Lunatic asylums Bombay report 1891-1903 - 1891-1903
Year: 1891
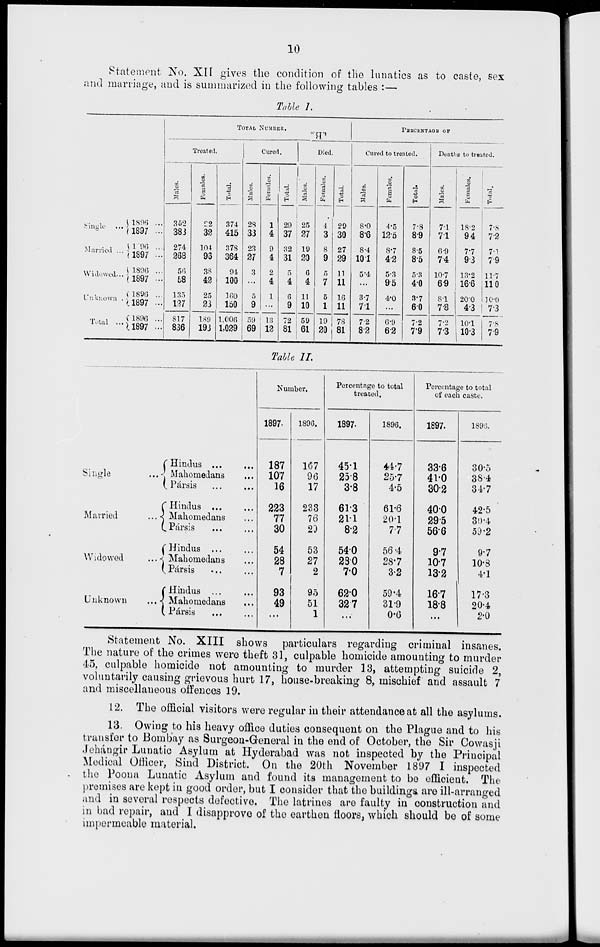
10
Statement No. XII gives the condition of the lunatics as to caste, sex
and marriage, and is summarized in the following tables :—
Table 1.
Single ...
Married ...
Widowed ...
Unknown ...
Total ...
1896 ...
1897 ...
1896
...
1897 ...
1896
...
1897 ...
1896 ...
1897 ...
1896 ...
1897 ...
TOTAL NUMBER.
Treated.
Males.
362
383
274
268
56
58
135
137
817
836
Females.
22
32
104
95
38
42
25
23
189
193
Total.
374
415
378
364
94
100
160
150
1,006
1,029
Cured.
Males.
28
33
23
27
3
...
5
9
59
69
Females.
1
4
9
4
2
4
1
...
13
12
Total.
29
37
32
31
5
4
6
9
72
81
Died.
Males.
25
27
19
20
6
4
1 1
10
59
61
Females.
4
3
8
9
5
7
6
1
19
20
Total.
29
30
27
29
11
11
16
11
78
81
PERCENTAGE OF
Cured to treated.
Males.
8.0
8.6
8.4
10.1
5.4
...
3.7
7.1
7.2
8.2
Females.
4.5
12.5
8.7
4.2
5.3
9.5
4.0
...
6.9
6.2
Total.
7.8
8.9
8.5
8.5
5.3
4.0
3.7
6.0
7.2
7.9
Deaths to treated.
Males.
7.1
7.1
6.9
7.4
10.7
6.9
8.1
7.8
7.2
7.3
Females.
18.2
9.4
7.7
9.3
13.2
16.6
20.0
4.3
10.1
10.3
Total.
7.8
7.2
7.1
7.9
11.7
11.0
10.0
7.3
7.8
7.9
Table II.
Single
...
Married
...
Widowed
...
Unknown
...
Hindus
...
...
Mahomedans ...
Pársis
...
...
Hindus ... ...
Mahomedans ...
Pársis
...
...
Hindus ... ...
Mahomedans ...
Pársis ... ...
Hindus ... ...
Mahomedans ...
Pársis ... ...
Number.
1897.
187
107
16
223
77
30
54
28
7
93
49
...
1896.
167
96
17
233
76
20
53
27
2
95
51
1
Percentage to total
treated.
1897.
45.1
25.8
3.8
61.3
21.1
8.2
54.0
28.0
7.0
62.0
32.7
...
1896.
44.7
25.7
4.5
61.6
20.1
7.7
56.4
28.7
3.2
59.4
31.9
0.6
Percentage to total
of each caste.
1897.
33.6
41.0
30.2
40.0
29.5
56.6
9.7
10.7
13.2
16.7
18.8
...
1896.
30.5
38.4
34.7
42.5
30.4
59.2
9.7
10.8
4.1
17.3
20.4
2.0
Statement No. XIII shows particulars regarding criminal insanes.
The nature of the crimes were theft 31, culpable homicide amounting to murder
45, culpable homicide not amounting to murder 13, attempting suicide 2,
voluntarily causing grievous hurt 17, house-breaking 8, mischief and assault 7
and miscellaneous offences 19.
12. The official visitors were regular in their attendance at all the asylums.
13. Owing to his heavy office duties consequent on the Plague and to his
transfer to Bombay as Surgeon-General in the end of October, the Sir Cowasji
Jehángir Lunatic Asylum at Hyderabad was not inspected by the Principal
Medical Officer, Sind District. On the 20th November 1897 I inspected
the Poona Lunatic Asylum and found its management to be efficient. The
premises are kept in good order, but I consider that the buildings are ill-arranged
and in several respects defective. The latrines are faulty in construction and
in bad repair, and I disapprove of the earthen floors, which should be of some
impermeable material.